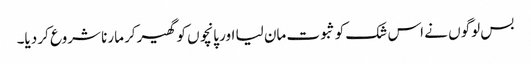
بس لوگوں نے اس شک کو ثبوت مان لیا اور پانچوں کو گھیر‌کر مارنا شروع کر دیا۔